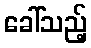
ခေါ်သည့်